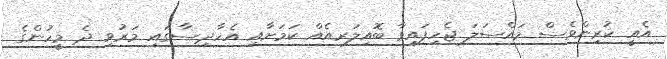
އެއީ ކުރިންވެސް މައްސަލަ ޖެހިފައިވާ ބޮއިލަރއެއް ކަމަށާއި އެހާދިސާގައި މަރުވި ދެ މީހުންގެ